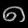
Digit: ၈